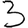
Digit: 3